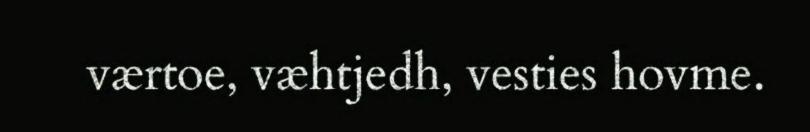
værtoe, væhtjedh, vesties hovme.